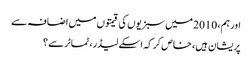
اور ہم، 2010 میں سبزیوں کی قیمتوں میں اضافہ سے
پریشان ہیں ، خاص کر کہ اسکے لیڈر، ٹماٹر سے؟